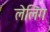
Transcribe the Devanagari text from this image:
लेलिंग